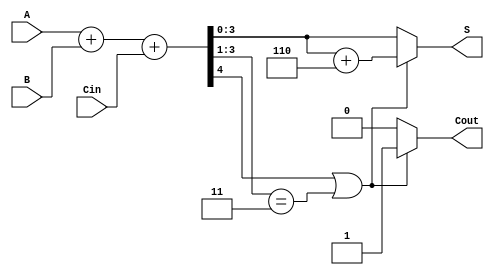
module BCD_Ripple_Carry_Adder (
    input wire [3:0] A,       // BCD input A
    input wire [3:0] B,       // BCD input B
    input wire Cin,           // Carry-in
    output reg [3:0] S,       // BCD sum output
    output reg Cout           // Carry-out
);

    wire [4:0] sum;          // 5-bit sum to accommodate carry
    reg [4:0] corrected_sum; // Corrected sum after BCD adjustment

    // Step 1: Compute the initial sum
    assign sum = {1'b0, A} + {1'b0, B} + Cin; // 5-bit addition

    // Step 2: Check for BCD correction
    always @(*) begin
        // Initialize output
        Cout = 1'b0;
        S = sum[3:0]; // Default to the lower 4 bits of the sum
        corrected_sum = sum;

        if (sum[4] || (sum[3:1] == 3'b011)) begin
            // If sum is greater than 9, apply correction
            corrected_sum = sum + 5'b00110; // Add 6 in binary
            Cout = 1'b1; // Set carry-out
        end
        
        S = corrected_sum[3:0]; // Final BCD output
    end

endmodule